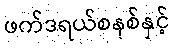
ဖက်ဒရယ်စနစ်နှင့်